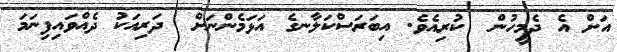
އަށް އެ ދެމީހުން  ކުރިއެވެ. އިބަރަސްކަލާނގެ އަޅަމެންނަށް  ދަރިއަކު ދެއްވައިފިނަމަ